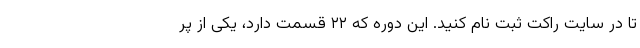
تا در سایت راکت ثبت نام کنید. این دوره که ۲۲ قسمت دارد، یکی از پر